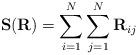
LaTeX: \begin{align*}\mathbf {S(R)}=\sum\limits_{i=1}^{N}\sum\limits_{j=1}^{N}\mathbf{R}_{ij}\end{align*}